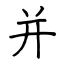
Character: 并